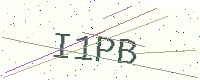
Text: I1PB